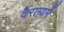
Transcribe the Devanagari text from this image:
वैराग्यमें